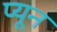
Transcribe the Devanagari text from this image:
प्यून